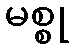
မစ္စု